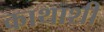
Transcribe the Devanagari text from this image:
काथाशी